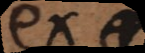
ex −